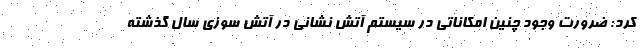
کرد: ضرورت وجود چنین امکاناتی در سیستم آتش نشانی در آتش سوزی سال گذشته